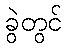
ခွဲတွင်